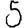
Digit: 5